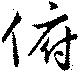
俯